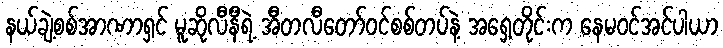
နယ်ချဲ့စစ်အာဏာရှင် မူဆိုလီနီရဲ့ အီတလီတော်ဝင်စစ်တပ်နဲ့ အရှေ့တိုင်းက နေမဝင်အင်ပါယာ